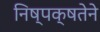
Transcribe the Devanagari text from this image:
निष्पक्षतेने